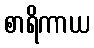
စာရိကာယ